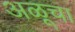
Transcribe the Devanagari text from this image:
अळूचा